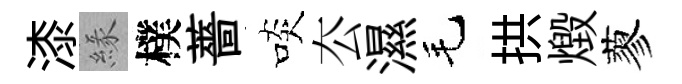
漆緣樸薔啖厺濕毛拱燬蓼